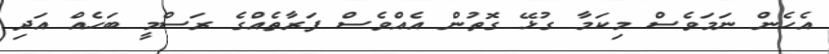
އެހެން ނަމަވެސް މިކަމާ ގުޅޭ ގޮތުން އެއްވެސް ފަރާތެއްގެ ރަސްމީ ބަހެއް އަދި